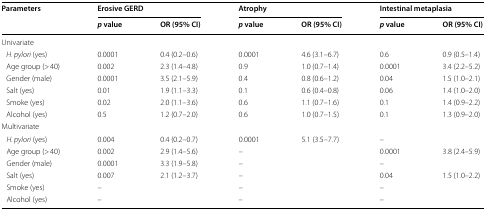
| <ROWSPAN=2> Parameters | <COLSPAN=2> Erosive GERD | <COLSPAN=2> Atrophy | <COLSPAN=2> Intestinal metaplasia |
 | p value | OR (95% CI) | p value | OR (95% CI) | p value | OR (95% CI) |
 | --- | --- | --- | --- | --- | --- | --- |
 | <COLSPAN=7> Univariate |
 | H. pylori (yes) | 0.0001 | 0.4 (0.2–0.6) | 0.0001 | 4.6 (3.1–6.7) | 0.6 | 0.9 (0.5–1.4) |
 | Age group (> 40) | 0.002 | 2.3 (1.4–4.8) | 0.9 | 1.0 (0.7–1.4) | 0.0001 | 3.4 (2.2–5.2) |
 | Gender (male) | 0.0001 | 3.5 (2.1–5.9) | 0.4 | 0.8 (0.6–1.2) | 0.04 | 1.5 (1.0–2.1) |
 | Salt (yes) | 0.01 | 1.9 (1.1–3.3) | 0.1 | 0.6 (0.4–0.8) | 0.06 | 1.4 (1.0–2.0) |
 | Smoke (yes) | 0.02 | 2.0 (1.1–3.6) | 0.6 | 1.1 (0.7–1.6) | 0.1 | 1.4 (0.9–2.2) |
 | Alcohol (yes) | 0.5 | 1.2 (0.7–2.0) | 0.6 | 1.0 (0.7–1.5) | 0.1 | 1.3 (0.9–2.0) |
 | <COLSPAN=7> Multivariate |
 | H. pylori (yes) | 0.004 | 0.4 (0.2–0.7) | 0.0001 | 5.1 (3.5–7.7) | <COLSPAN=2> – |
 | Age group (> 40) | 0.002 | 2.9 (1.4–5.6) | <COLSPAN=2> – | 0.0001 | 3.8 (2.4–5.9) |
 | Gender (male) | 0.0001 | 3.3 (1.9–5.8) | <COLSPAN=2> – | <COLSPAN=2> – |
 | Salt (yes) | 0.007 | 2.1 (1.2–3.7) | <COLSPAN=2> – | 0.04 | 1.5 (1.0–2.2) |
 | Smoke (yes) | <COLSPAN=2> – | <COLSPAN=2> – | <COLSPAN=2> – |
 | Alcohol (yes) | <COLSPAN=2> – | <COLSPAN=2> – | <COLSPAN=2> – |